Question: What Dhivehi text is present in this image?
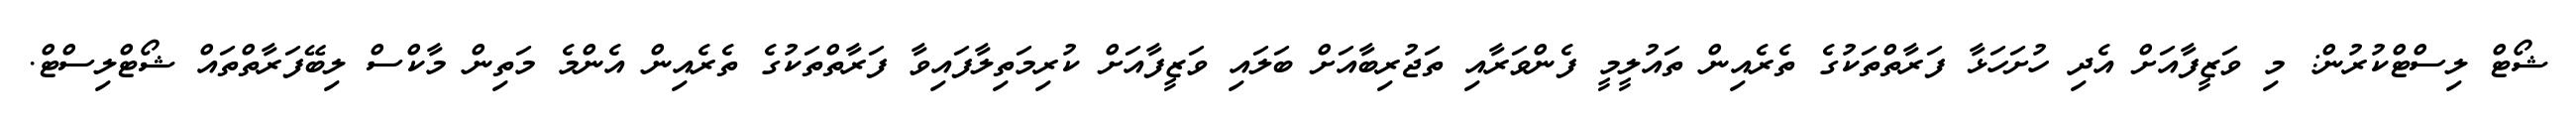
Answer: ޝޯޓް ލިސްޓްކުރުން: މި ވަޒީފާއަށް އެދި ހުށަހަޅާ ފަރާތްތަކުގެ ތެރެއިން ތައުލީމީ ފެންވަރާއި ތަޖުރިބާއަށް ބަލައި ވަޒީފާއަށް ކުރިމަތިލާފައިވާ ފަރާތްތަކުގެ ތެރެއިން އެންމެ މަތިން މާކްސް ލިބޭފަރާތްތައް ޝޯޓްލިސްޓް.